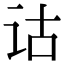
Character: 诂